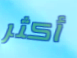
أكثر